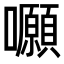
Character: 𡅪